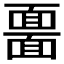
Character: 𩈲